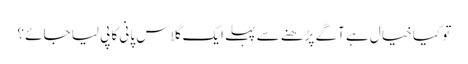
تو کیا خیال ہے آگے پڑھنے سے پہلے ایک گلاس پانی کا پی لیا جائے ؟